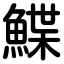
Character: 鰈